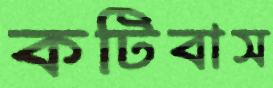
কটিবাস